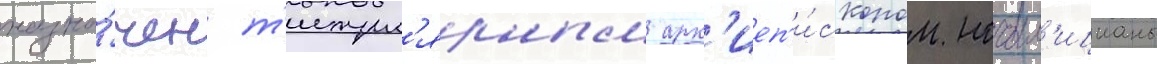
назна́чен т'итул'ярным арх'иеп'и́скопом ночал'ицианы